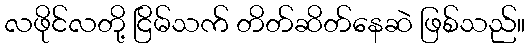
လဖိုင်လတို့ ငြိမ်သက် တိတ်ဆိတ်နေဆဲ ဖြစ်သည်။